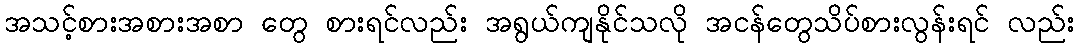
အသင့်စားအစားအစာ တွေ စားရင်လည်း အရွယ်ကျနိုင်သလို အငန်တွေသိပ်စားလွန်းရင် လည်း